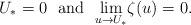
LaTeX: \begin{align*}U_*=0\ \ {\rm and}\ \ \underset{u\rightarrow U_*}{\lim} \zeta(u)=0.\end{align*}